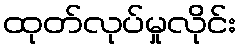
ထုတ်လုပ်မှုလိုင်း